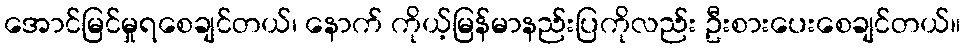
အောင်မြင်မှုရစေချင်တယ်၊ နောက် ကိုယ့်မြန်မာနည်းပြကိုလည်း ဦးစားပေးစေချင်တယ်။